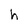
Character: h